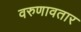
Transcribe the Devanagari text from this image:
वरुणावतार